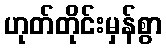
ဟုတ်တိုင်းမှန်စွာ